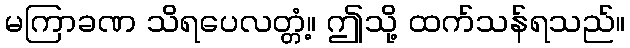
မကြာခဏ သိရပေလတ္တံ့။ ဤသို့ ထက်သန်ရသည်။